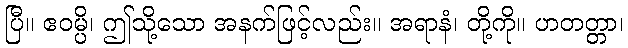
ပြီ။ ဧဝမ္ပိ၊ ဤသို့သော အနက်ဖြင့်လည်း။ အရာနံ၊ တို့ကို။ ဟတတ္တာ၊